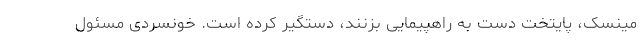
مینسک، پایتخت دست به راهپیمایی بزنند، دستگیر کرده است. خونسردی مسئول